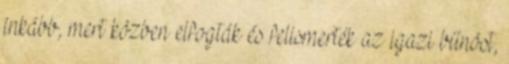
inkább, mert közben elfogták és felismerték az igazi bűnöst,